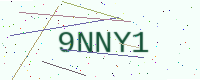
Text: 9NNY1